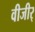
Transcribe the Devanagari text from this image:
वीजीर्